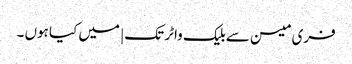
فری میسن سے بلیک واٹر تک | میں کیا ہوں ۔